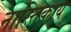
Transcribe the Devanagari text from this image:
नास्तिकाय